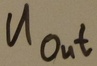
Text: UOUT